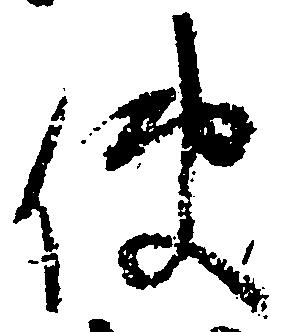
使